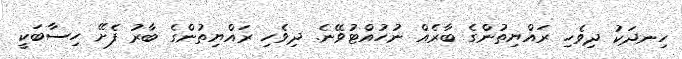
ހިނދަކު ދިވެހި ރައްޔިތުންގެ ބާރެއް ނުހުއްޓުވޭނެ. ދިވެހި ރައްޔިތުންގެ ބާރު ފެށޭ ހިސާބަކީ